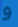
و